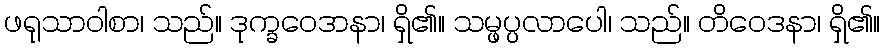
ဖရုသာဝါစာ၊ သည်။ ဒုက္ခဝေဒာနာ၊ ရှိ၏။ သမ္ဖပ္ပလာပေါ၊ သည်။ တိဝေဒနာ၊ ရှိ၏။